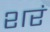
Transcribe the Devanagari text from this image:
शरं